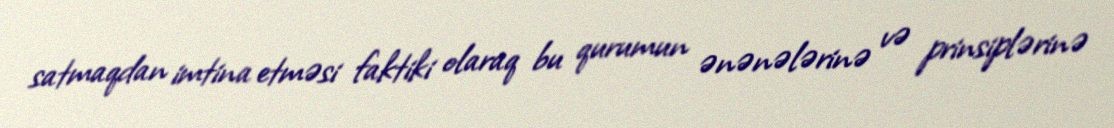
satmaqdan imtina etməsi faktiki olaraq bu qurumun ənənələrinə və prinsiplərinə